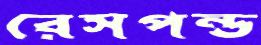
রেসপন্ড